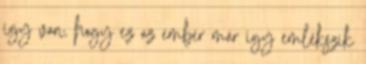
így van, hogy ez az ember már így emlékszik